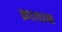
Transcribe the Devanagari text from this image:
क़ाग़ान